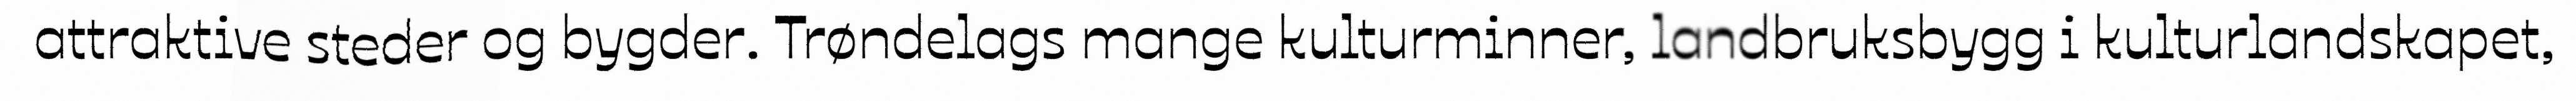
attraktive steder og bygder. Trøndelags mange kulturminner, landbruksbygg i kulturlandskapet,